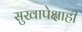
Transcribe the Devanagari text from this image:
सुखापेक्षाही